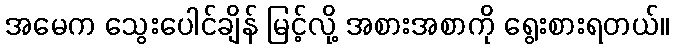
အမေက သွေးပေါင်ချိန် မြင့်လို့ အစားအစာကို ရွေးစားရတယ်။